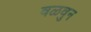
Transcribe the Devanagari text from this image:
वळवुन